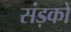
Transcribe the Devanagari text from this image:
संड़कों